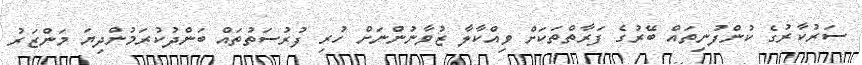
ސަރުކާރުގެ ކުންފުނިތައް ބޭރުގެ ފަރާތްތަކަށް ވިއްކާލާ ޒުވާނުންނަށް ހުރި ފުރުސަތުތައް ބަންދުކުރަމުންދިޔަ މަންޒަރު